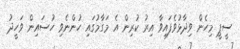
ސީޕީ މިހެން ވިދާޅުވެފައިވާ އިރު ކުރިން އެ މަގާމުގައި ހުންނެވި ހުސައިން ވަހީދު